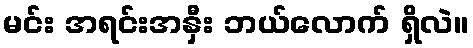
မင်း အရင်းအနှီး ဘယ်လောက် ရှိလဲ။